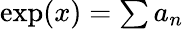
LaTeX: \textstyle\exp(x)=\sum a_{n}